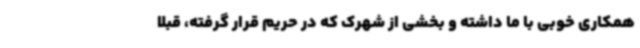
همکاری خوبی با ما داشته و بخشی از شهرک که در حریم قرار گرفته، قبلاً